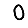
Digit: 0